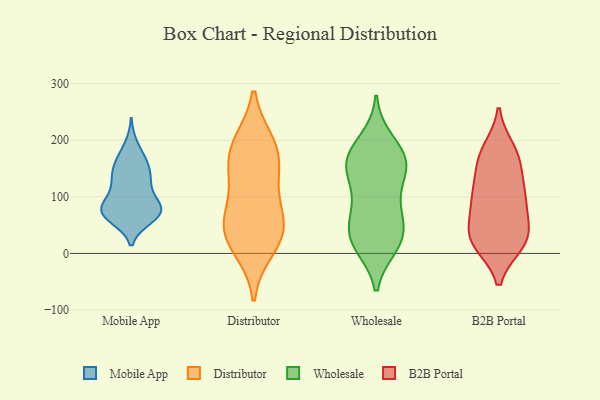
{"axis": {"x": "Customer Acquisition Cost (USD)", "y": "Value"}, "legend": ["B2B Portal", "Distributor", "Mobile App", "Wholesale"], "data": [{"x": "", "y": 76, "type": "Mobile App"}, {"x": "", "y": 100, "type": "Mobile App"}, {"x": "", "y": 157, "type": "Mobile App"}, {"x": "", "y": 167, "type": "Mobile App"}, {"x": "", "y": 79, "type": "Mobile App"}, {"x": "", "y": 62, "type": "Mobile App"}, {"x": "", "y": 126, "type": "Mobile App"}, {"x": "", "y": 131, "type": "Mobile App"}, {"x": "", "y": 76, "type": "Mobile App"}, {"x": "", "y": 71, "type": "Mobile App"}, {"x": "", "y": 146, "type": "Mobile App"}, {"x": "", "y": 116, "type": "Mobile App"}, {"x": "", "y": 75, "type": "Mobile App"}, {"x": "", "y": 63, "type": "Mobile App"}, {"x": "", "y": 192, "type": "Mobile App"}, {"x": "", "y": 69, "type": "Mobile App"}, {"x": "", "y": 86, "type": "Mobile App"}, {"x": "", "y": 164, "type": "Mobile App"}, {"x": "", "y": 135, "type": "Mobile App"}, {"x": "", "y": 77, "type": "Mobile App"}, {"x": "", "y": 141, "type": "Distributor"}, {"x": "", "y": 193, "type": "Distributor"}, {"x": "", "y": 116, "type": "Distributor"}, {"x": "", "y": 10, "type": "Distributor"}, {"x": "", "y": 55, "type": "Distributor"}, {"x": "", "y": 176, "type": "Distributor"}, {"x": "", "y": 55, "type": "Distributor"}, {"x": "", "y": 33, "type": "Distributor"}, {"x": "", "y": 186, "type": "Distributor"}, {"x": "", "y": 43, "type": "Distributor"}, {"x": "", "y": 168, "type": "Wholesale"}, {"x": "", "y": 170, "type": "Wholesale"}, {"x": "", "y": 133, "type": "Wholesale"}, {"x": "", "y": 80, "type": "Wholesale"}, {"x": "", "y": 14, "type": "Wholesale"}, {"x": "", "y": 29, "type": "Wholesale"}, {"x": "", "y": 199, "type": "Wholesale"}, {"x": "", "y": 158, "type": "Wholesale"}, {"x": "", "y": 134, "type": "Wholesale"}, {"x": "", "y": 24, "type": "Wholesale"}, {"x": "", "y": 32, "type": "Wholesale"}, {"x": "", "y": 157, "type": "Wholesale"}, {"x": "", "y": 71, "type": "Wholesale"}, {"x": "", "y": 173, "type": "Wholesale"}, {"x": "", "y": 74, "type": "Wholesale"}, {"x": "", "y": 21, "type": "Wholesale"}, {"x": "", "y": 166, "type": "B2B Portal"}, {"x": "", "y": 172, "type": "B2B Portal"}, {"x": "", "y": 182, "type": "B2B Portal"}, {"x": "", "y": 98, "type": "B2B Portal"}, {"x": "", "y": 102, "type": "B2B Portal"}, {"x": "", "y": 102, "type": "B2B Portal"}, {"x": "", "y": 27, "type": "B2B Portal"}, {"x": "", "y": 111, "type": "B2B Portal"}, {"x": "", "y": 40, "type": "B2B Portal"}, {"x": "", "y": 28, "type": "B2B Portal"}, {"x": "", "y": 19, "type": "B2B Portal"}, {"x": "", "y": 161, "type": "B2B Portal"}, {"x": "", "y": 19, "type": "B2B Portal"}, {"x": "", "y": 29, "type": "B2B Portal"}, {"x": "", "y": 77, "type": "B2B Portal"}]}